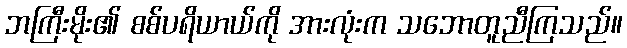
ဘကြီးမိုး၏ စစ်ပရိယာယ်ကို အားလုံးက သဘောတူညီကြသည်။